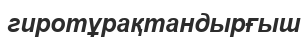
гиротұрақтандырғыш